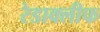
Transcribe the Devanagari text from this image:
रेडाक्लीफ